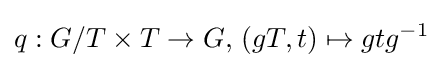
q:G/T\times T\to G,\,(gT,t)\mapsto gtg^{-1}